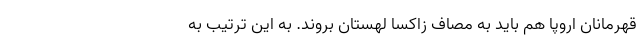
قهرمانان اروپا هم باید به مصاف زاکسا لهستان بروند. به این ترتیب به